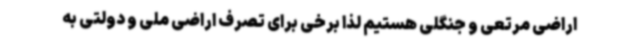
اراضی مرتعی و جنگلی هستیم لذا برخی برای تصرف اراضی ملی و دولتی به